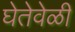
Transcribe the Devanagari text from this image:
घेतेवेळी